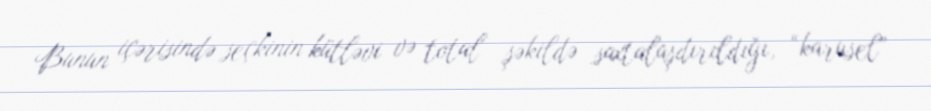
Bunun içərisində seçkinin kütləvi və total şəkildə saxtalaşdırıldığı, “karusel”